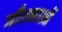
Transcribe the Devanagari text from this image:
गौरखाओं